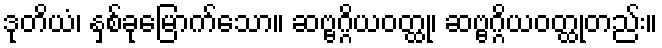
ဒုတိယံ၊ နှစ်ခုမြောက်သော။ ဆဗ္ဗဂ္ဂိယဝတ္ထု၊ ဆဗ္ဗဂ္ဂိယဝတ္ထုတည်း။